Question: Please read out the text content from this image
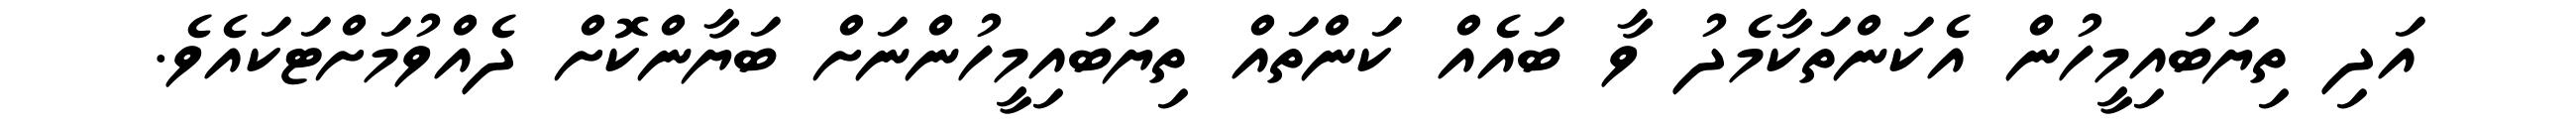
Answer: އަދި ތިޔަބައިމީހުން އެކަންތަކާމެދު ވާ ބައެއް ކަންތައް ތިޔަބައިމީހުންނަށް ބަޔާންކޮށް ދެއްވުމަށްޓަކައެވެ.